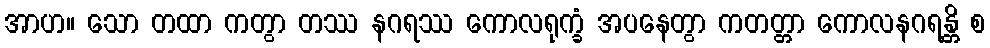
အာဟ။ သော တထာ ကတွာ တဿ နဂရဿ ကောလရုက္ခံ အပနေတွာ ကတတ္တာ ကောလနဂရန္တိ စ